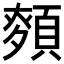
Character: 𮨎